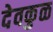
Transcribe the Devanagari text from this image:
देवकुळ